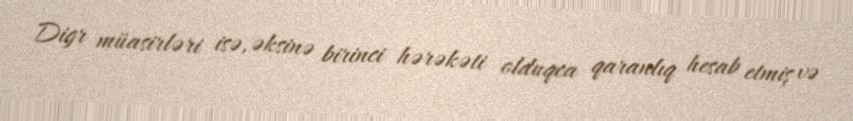
Digr müasirləri isə, əksinə birinci hərəkəti olduqca qaranlıq hesab etmiş və